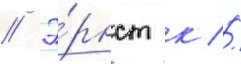
// Э́рнст к //